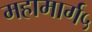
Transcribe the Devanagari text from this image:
महामार्ग५